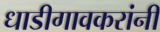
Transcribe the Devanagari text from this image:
धाडीगावकरांनी